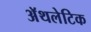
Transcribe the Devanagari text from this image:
अॅथलेटिक